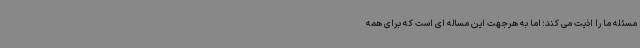
مسئله ما را اذیت می کند؛ اما به هرجهت این مساله ای است که برای همه